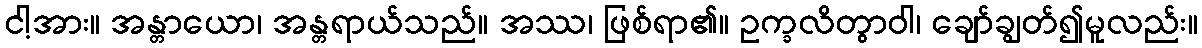
ငါ့အား။ အန္တာယော၊ အန္တရာယ်သည်။ အဿ၊ ဖြစ်ရာ၏။ ဥက္ခလိတွာဝါ၊ ချော်ချွတ်၍မူလည်း။